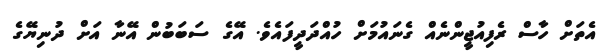
އެތަށް ހާސް ރެފިއުޖީންނެއް ގެނައުމަށް ހުއްދަދީފައެވެ. އޭގެ ސަބަބުން އޭނާ އަށް ދުނިޔޭގެ